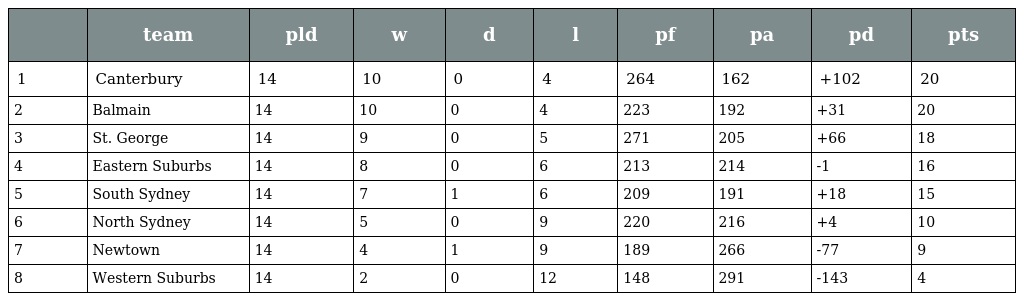
|  | team | pld | w | d | l | pf | pa | pd | pts |
 | --- | --- | --- | --- | --- | --- | --- | --- | --- | --- |
 | 1 | Canterbury | 14 | 10 | 0 | 4 | 264 | 162 | +102 | 20 |
 | 2 | Balmain | 14 | 10 | 0 | 4 | 223 | 192 | +31 | 20 |
 | 3 | St. George | 14 | 9 | 0 | 5 | 271 | 205 | +66 | 18 |
 | 4 | Eastern Suburbs | 14 | 8 | 0 | 6 | 213 | 214 | -1 | 16 |
 | 5 | South Sydney | 14 | 7 | 1 | 6 | 209 | 191 | +18 | 15 |
 | 6 | North Sydney | 14 | 5 | 0 | 9 | 220 | 216 | +4 | 10 |
 | 7 | Newtown | 14 | 4 | 1 | 9 | 189 | 266 | -77 | 9 |
 | 8 | Western Suburbs | 14 | 2 | 0 | 12 | 148 | 291 | -143 | 4 |